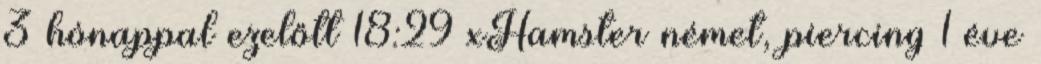
3 hónappal ezelőtt 18:29 xHamster német, piercing 1 éve